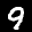
Label: 9